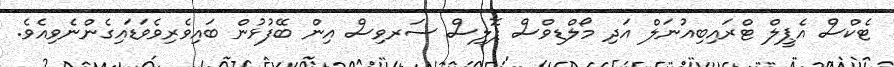
ޓެކްސް އެޕީލް ޓްރައިބިއުނަލް އަދި މޯލްޑިވްސް ޕޮލިސް ސަރވިސް އިން ބޭފުޅުން ބައިވެރިވެވަޑައިގެންނެވިއެވެ.